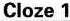
Cloze 1